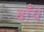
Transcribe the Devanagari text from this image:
बाँयें